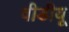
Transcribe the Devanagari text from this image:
वीडीयू